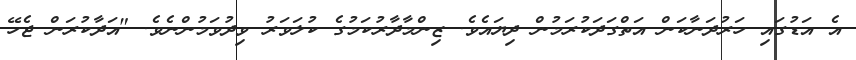
އެ އަޑުގައި ހަރުދަނާކަން އަތްގަދަކުރަމުން ދިޔައެވެ. ޒިންމާދާރުކަމުގެ ކުލަވަރު ވިދުވަމުންނެވެ. "އަދާކުރަން ޖެހޭ